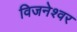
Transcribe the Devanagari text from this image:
विजनेश्वर